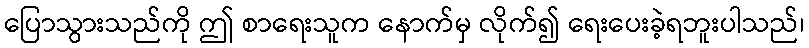
ပြောသွားသည်ကို ဤ စာရေးသူက နောက်မှ လိုက်၍ ရေးပေးခဲ့ရဘူးပါသည်၊